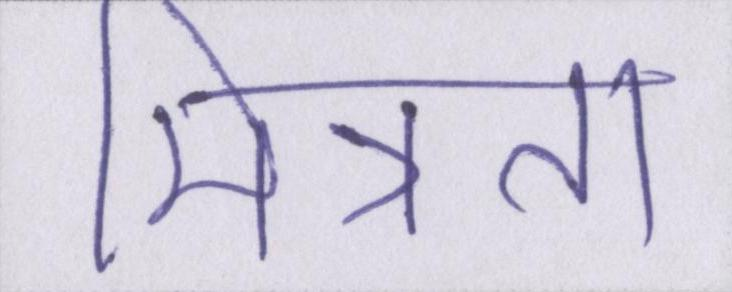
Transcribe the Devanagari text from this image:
मित्रता